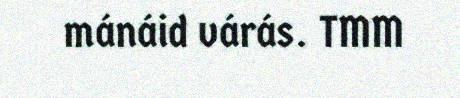
mánáid várás. TMM